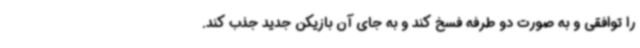
را توافقی و به صورت دو طرفه فسخ کند و به جای آن بازیکن جدید جذب کند.